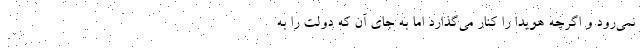
نمی‌رود و اگرچه هویدا را کنار می‌گذارد اما به جای آن که دولت را به